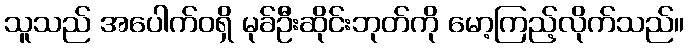
သူသည် အပေါက်ဝရှိ မုခ်ဦးဆိုင်းဘုတ်ကို မော့ကြည့်လိုက်သည်။